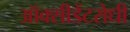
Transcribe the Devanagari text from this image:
ऑक्सीडेंटरोधी